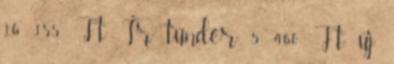
16 155 Ft Ír tündér 5 460 Ft új